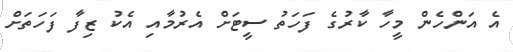
އެ އަންހެން މީހާ ކާރުގެ ފަހަތު ސީޓަށް އެރުމާއި އެކު ޒިފާ ފަހަތަށް